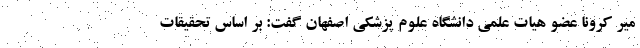
میر کرونا عضو هیات علمی دانشگاه علوم پزشکی اصفهان گفت: بر اساس تحقیقات